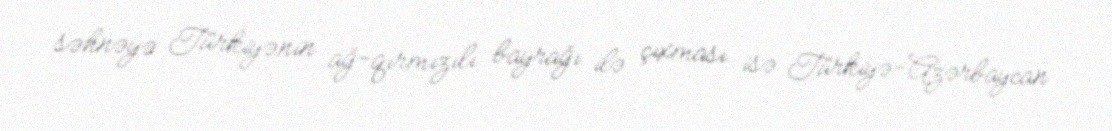
səhnəyə Türkiyənin ağ-qırmızılı bayrağı ilə çıxması isə Türkiyə-Azərbaycan